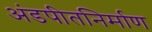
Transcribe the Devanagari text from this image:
अंडपीतनिर्माण